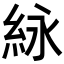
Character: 𬗊